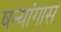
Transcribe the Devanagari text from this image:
षन्यांगास